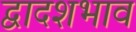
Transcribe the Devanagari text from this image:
द्वादशभाव